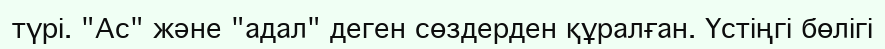
түрі. "Ас" және "адал" деген сөздерден құралған. Үстіңгі бөлігі